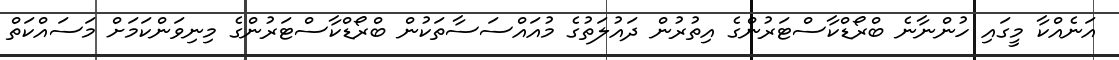
އަނެއްކާ މީގައި ހުންނާނެ ބްރޯޑްކާސްޓަރުންގެ އިތުރުން ދައުލަތުގެ މުއައްސަސާތަކުން ބްރޯޑްކާސްޓަރުންގެ މިނިވަންކަމަށް މަސައްކަތް